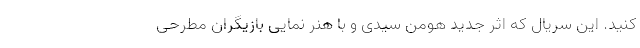
کنید. این سریال که اثر جدید هومن سیدی و با هنر نمایی بازیگران مطرحی